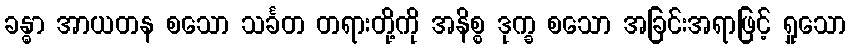
ခန္ဓာ အာယတန စသော သင်္ခတ တရားတို့ကို အနိစ္စ ဒုက္ခ စသော အခြင်းအရာဖြင့် ရှုသော